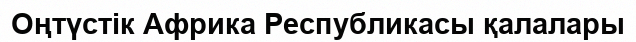
Оңтүстік Африка Республикасы қалалары